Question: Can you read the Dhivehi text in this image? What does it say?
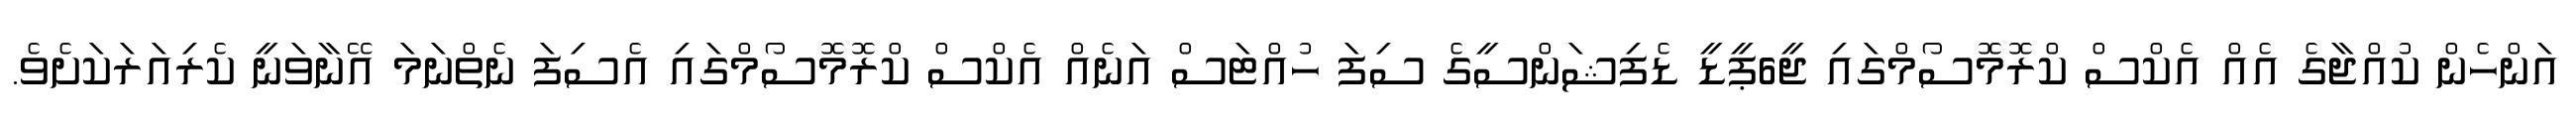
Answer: އަންހެން ކުއްޖާގެ އެއް އެކްސް ކްރޮމޮސޯމްގައި ޖީ6ޕީޑީ ޑެފިޝަންސީގެ ސިފަ ހުއްޓަސް އަނެއް އެކްސް ކްރޮމޮސޯމްގައި އެސިފަ ނެތްނަމަ އޭނާވަނީ ކެރިއަރަކަށެވެ.